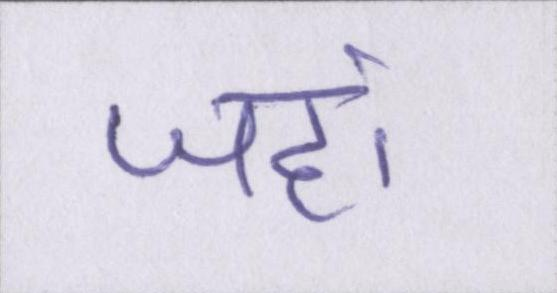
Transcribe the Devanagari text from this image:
जहां